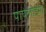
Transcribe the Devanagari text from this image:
पापेलोडेमा